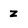
Character: z